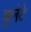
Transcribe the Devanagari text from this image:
बुलेटे